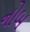
નોબ